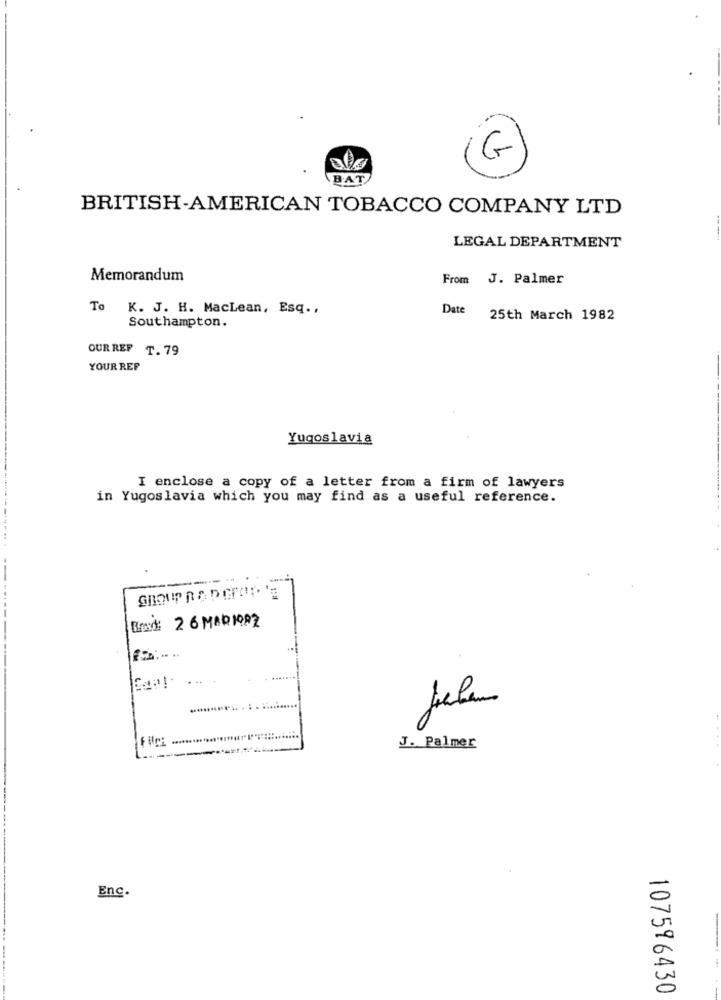
G
BAT
BRITISH-AMERICAN TOBACCO COMPANY LTD
LEGAL DEPARTMENT
Memorandum
From
J. Palmer
To K. J. H. MacLean, Esq .,
Southampton.
Date
25th March 1982
OUR REF T. 79
YOUR REF
Yugoslavia
I enclose a copy of a letter from a firm of lawyers
in Yugoslavia which you may find as a useful reference.
Bad: 26 MAD 1982
J. Palmer
Enc.
107596430